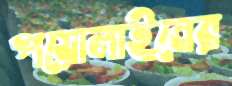
পয়োলাইনের